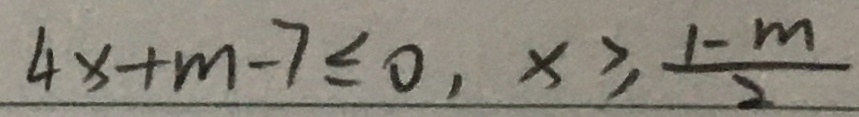
4 x + m - 7 \leq 0 , x \geq \frac { 1 - m } { 2 }